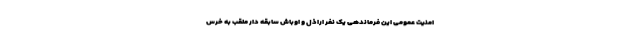
امنیت عمومی این فرماندهی یک نفر اراذل و اوباش سابقه دار ملقب به خرس